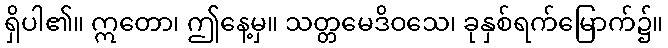
ရှိပါ၏။ ဣတော၊ ဤနေ့မှ။ သတ္တမေဒိဝသေ၊ ခုနှစ်ရက်မြောက်၌။